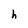
Character: h